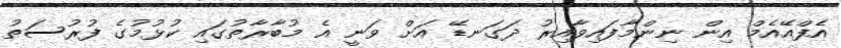
އެފްއޭއެމް އިން ނިންމާފައިވާއިރު ދަގަނޑޭ އަށް ވަނީ އެ މުބާރާތުގައި ކުޅުމުގެ ފުރުސަތު